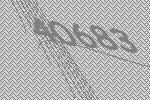
40683